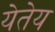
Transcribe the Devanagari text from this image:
येतेय